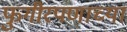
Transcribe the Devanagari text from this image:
फुगीरपणाच्या